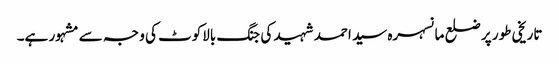
تاریخی طور پر ضلع مانسہرہ سید احمد شہید کی جنگ بالاکوٹ کی و جہ سے مشہور ہے۔